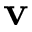
\mathbf { v }